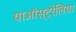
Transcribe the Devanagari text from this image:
याऑस्ट्रेलिया